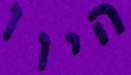
היוו